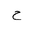
Letter: _ha